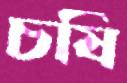
চষি